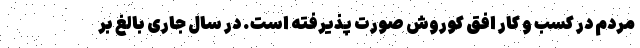
مردم در کسب و کار افق کوروش صورت پذیرفته است. در سال جاری بالغ بر